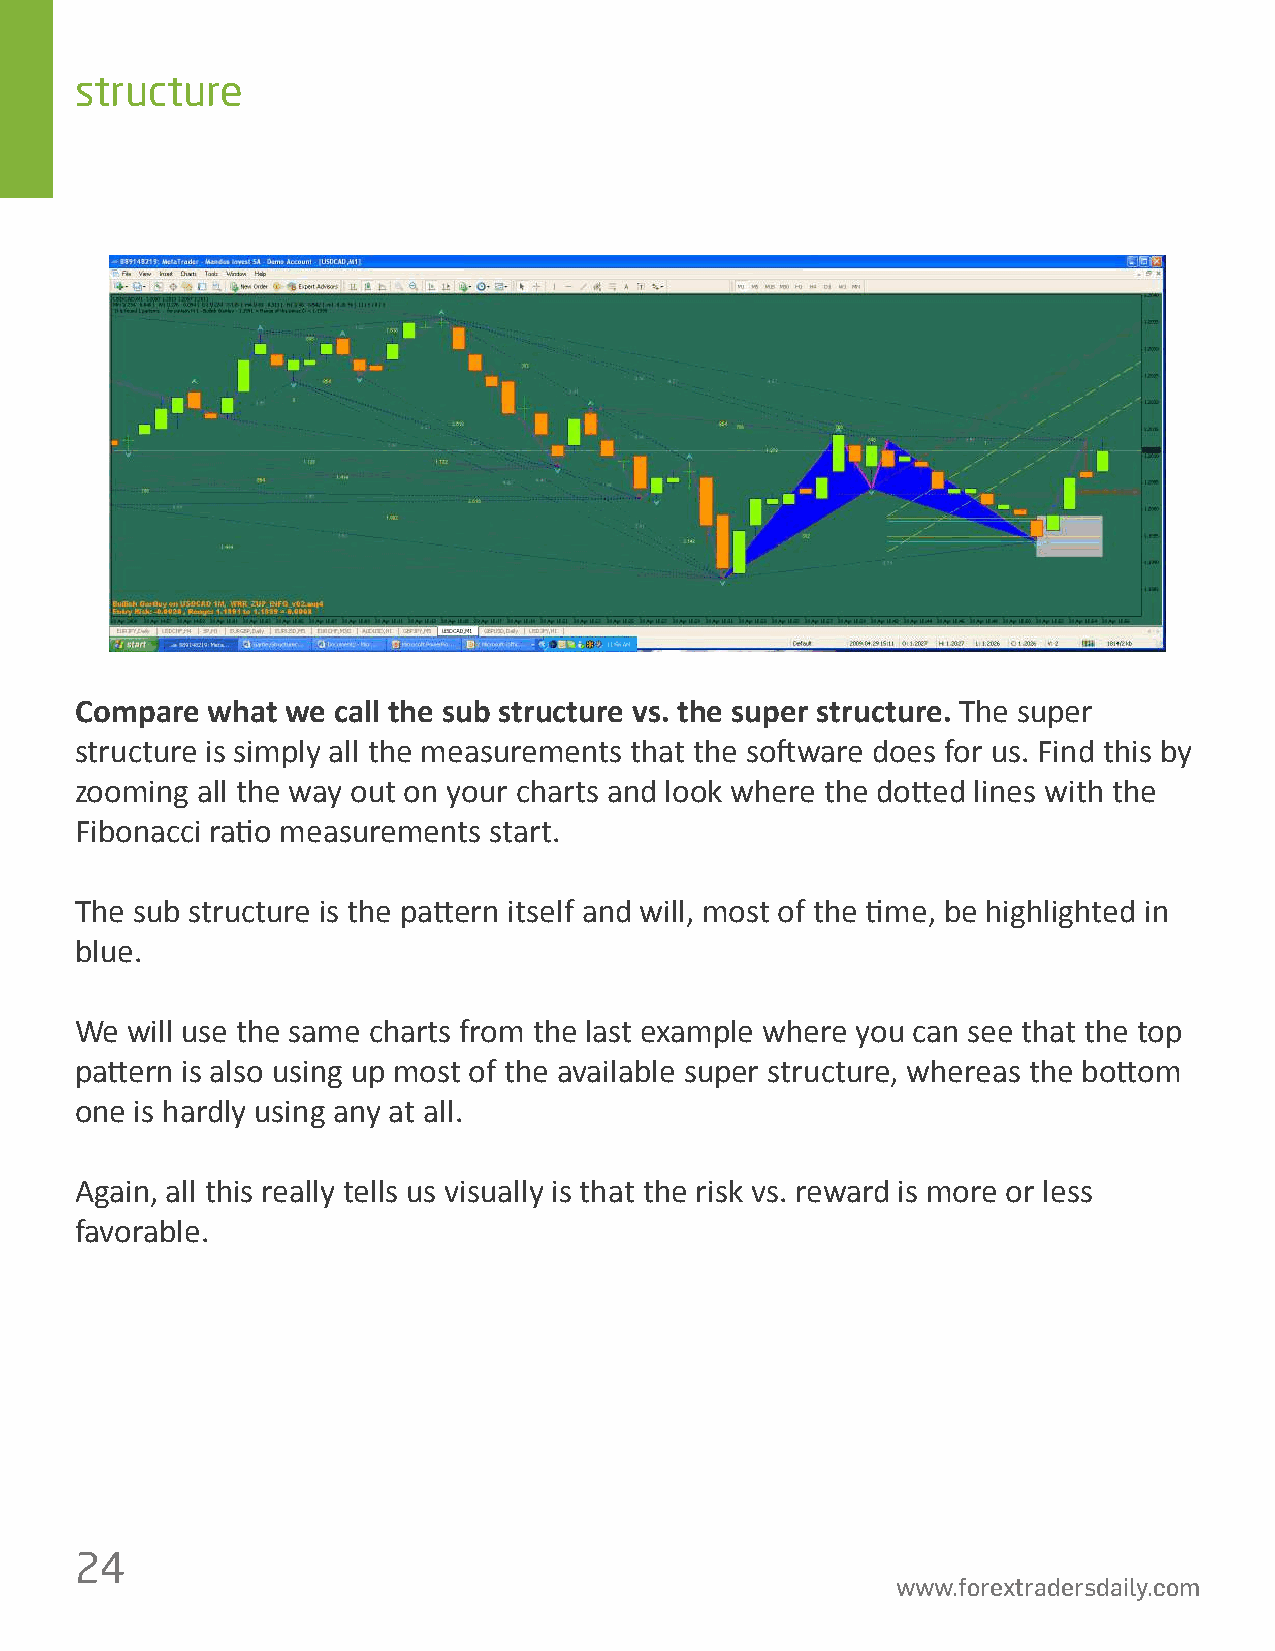
structure
 Compare  what we call the sub structure vs. the super structure. The super
 structure is simply all the measurements that the so昀琀ware does for us. Find this by
 zooming all the way out on your charts and look where the do琀琀ed lines with the
 Fibonacci ra琀椀o measurements start.
 The sub structure is the pa琀琀ern itself and will, most of the 琀椀me, be highlighted in
 blue.
 We will use the same charts from the last example where you can see that the top
 pa琀琀ern is also using up most of the available super structure, whereas the bo琀琀om
 one is hardly using any at all.
 Again, all this really tells us visually is that the risk vs. reward is more or less
 favorable.
 24
 www.forextradersdaily.com